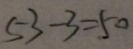
5 3 - 3 = 5 0